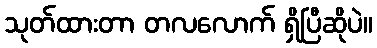
သုတ်ထားတာ တလလောက် ရှိပြီဆိုပဲ။